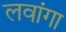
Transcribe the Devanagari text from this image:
लवांगा